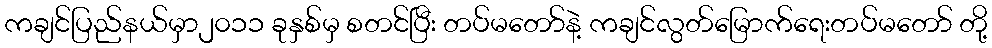
ကချင်ပြည်နယ်မှာ၂၀၁၁ ခုနှစ်မှ စတင်ပြီး တပ်မတော်နဲ့ ကချင်လွတ်မြောက်ရေးတပ်မတော် တို့